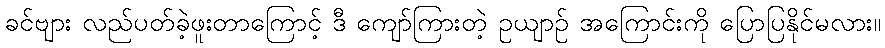
ခင်ဗျား လည်ပတ်ခဲ့ဖူးတာကြောင့် ဒီ ကျော်ကြားတဲ့ ဥယျာဉ် အကြောင်းကို ပြောပြနိုင်မလား။